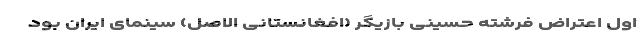
اول اعتراض فرشته حسینی بازیگر (افغانستانی الاصل) سینمای ایران بود